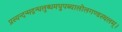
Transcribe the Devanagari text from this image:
प्रस्यन्दन्मद्गन्धलुब्धमधुपब्यालोलगण्डस्थलम्।